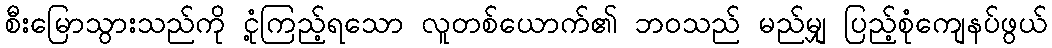
စီးမြောသွားသည်ကို ငုံ့ကြည့်ရသော လူတစ်ယောက်၏ ဘဝသည် မည်မျှ ပြည့်စုံကျေနပ်ဖွယ်